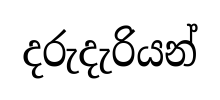
දරුදැරියන්